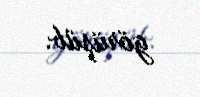
görüşüb.